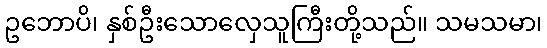
ဥဘောပိ၊ နှစ်ဦးသောလှေသူကြီးတို့သည်။ သမသမာ၊